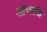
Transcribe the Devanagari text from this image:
आत्ताशि